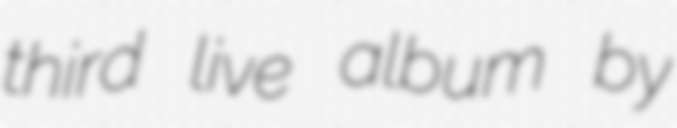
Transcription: third live album by